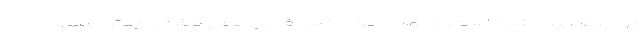
یزد پیش‌بینی شده است. در نواحی غربی خلیج فارس هم باد شدید پیش بینی